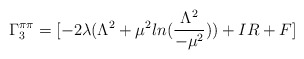
\begin{align*}\Gamma_3^{\pi\pi}= [-2\lambda( \Lambda^2 + \mu^2ln(\frac{\Lambda^2}{-\mu^2})) + IR+ F]\end{align*}